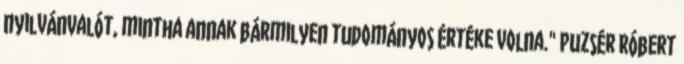
nyilvánvalót, mintha annak bármilyen tudományos értéke volna." Puzsér Róbert